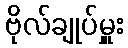
ဗိုလ်ချုပ်မှူး